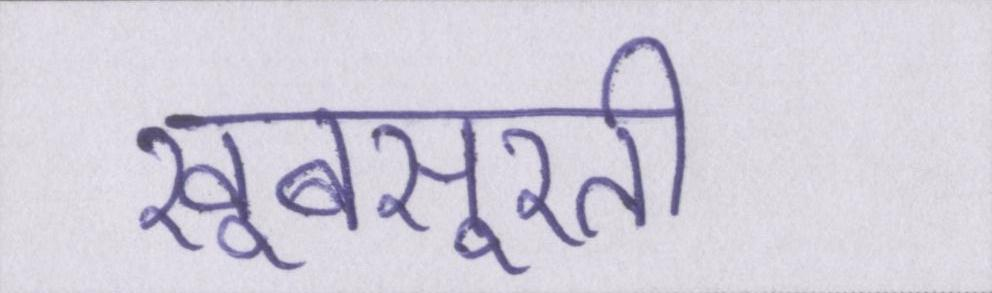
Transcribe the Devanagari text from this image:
खूबसूरती